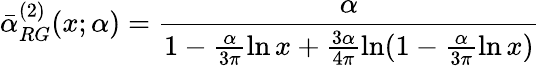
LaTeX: \bar{\alpha}_{RG}^{(2)}(x;\alpha)=\frac{\alpha}{1-\frac{\alpha}{3\pi}\ln x+\frac{3\alpha}{4\pi}\ln(1-\frac{\alpha}{3\pi}\ln x)}